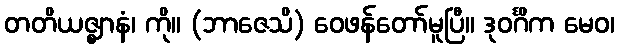
တတိယဇ္ဈာနံ၊ ကို။ (ဘာဇေသိ) ဝေဖန်တော်မူပြီ။ ဒုဝင်္ဂိက မေဝ၊